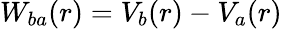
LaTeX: W_{ba}(r)=V_{b}(r)-V_{a}(r)